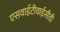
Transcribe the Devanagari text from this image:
एसवाईटीवाईसीडी